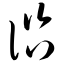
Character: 谘